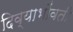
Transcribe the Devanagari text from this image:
दिव्याभोंवती